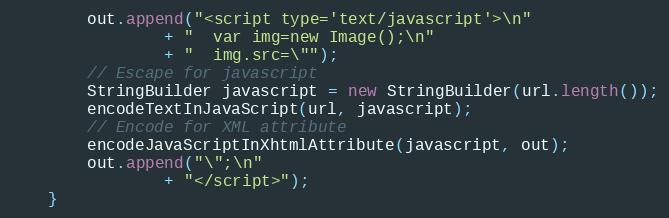
Language: Java
		out.append("<script type='text/javascript'>\n"
				+ "  var img=new Image();\n"
				+ "  img.src=\"");
		// Escape for javascript
		StringBuilder javascript = new StringBuilder(url.length());
		encodeTextInJavaScript(url, javascript);
		// Encode for XML attribute
		encodeJavaScriptInXhtmlAttribute(javascript, out);
		out.append("\";\n"
				+ "</script>");
	}